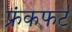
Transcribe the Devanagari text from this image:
फ्रंकफर्ट